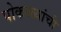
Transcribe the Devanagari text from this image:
पोकळ्यांची